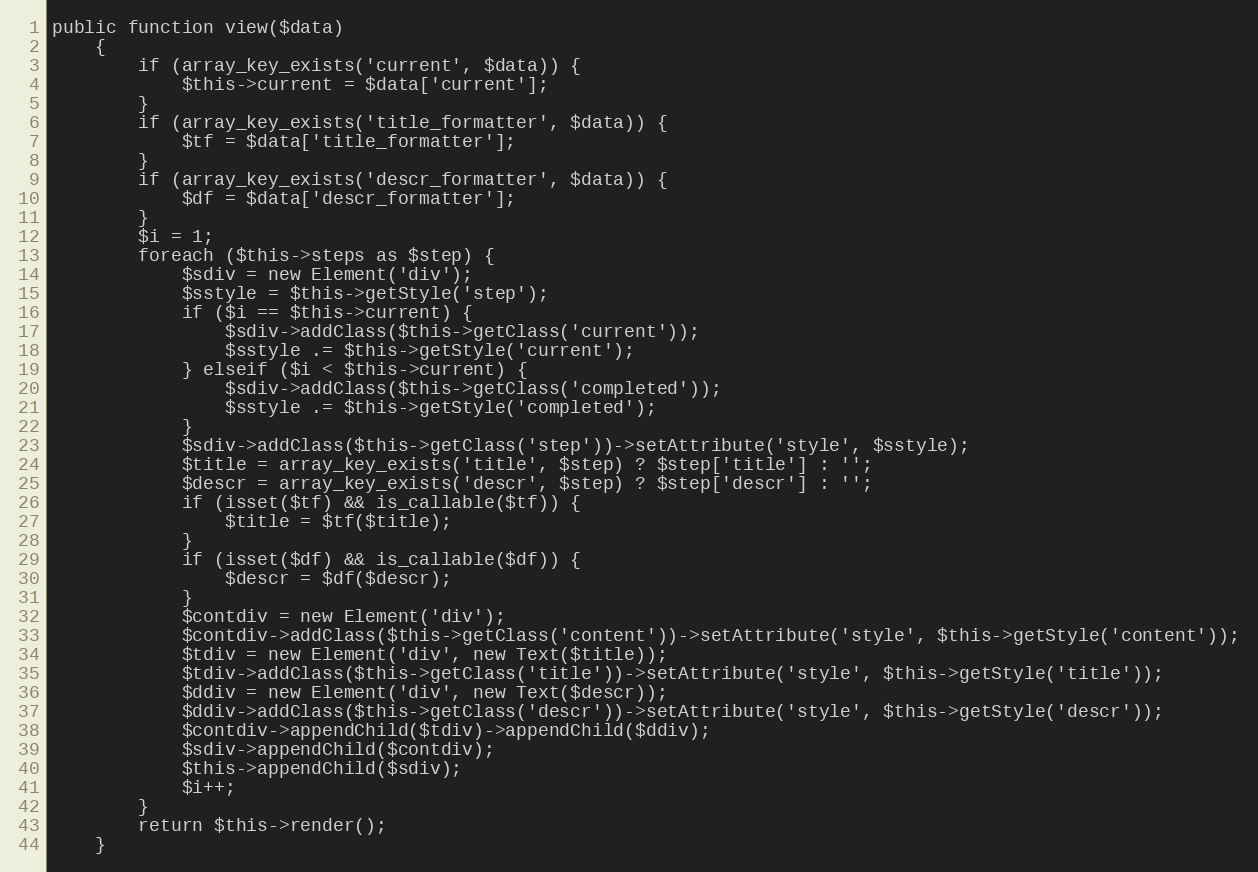
Language: PHP
public function view($data)
    {
        if (array_key_exists('current', $data)) {
            $this->current = $data['current'];
        }
        if (array_key_exists('title_formatter', $data)) {
            $tf = $data['title_formatter'];
        }
        if (array_key_exists('descr_formatter', $data)) {
            $df = $data['descr_formatter'];
        }
        $i = 1;
        foreach ($this->steps as $step) {
            $sdiv = new Element('div');
            $sstyle = $this->getStyle('step');
            if ($i == $this->current) {
                $sdiv->addClass($this->getClass('current'));
                $sstyle .= $this->getStyle('current');
            } elseif ($i < $this->current) {
                $sdiv->addClass($this->getClass('completed'));
                $sstyle .= $this->getStyle('completed');
            }
            $sdiv->addClass($this->getClass('step'))->setAttribute('style', $sstyle);
            $title = array_key_exists('title', $step) ? $step['title'] : '';
            $descr = array_key_exists('descr', $step) ? $step['descr'] : '';
            if (isset($tf) && is_callable($tf)) {
                $title = $tf($title);
            }
            if (isset($df) && is_callable($df)) {
                $descr = $df($descr);
            }
            $contdiv = new Element('div');
            $contdiv->addClass($this->getClass('content'))->setAttribute('style', $this->getStyle('content'));
            $tdiv = new Element('div', new Text($title));
            $tdiv->addClass($this->getClass('title'))->setAttribute('style', $this->getStyle('title'));
            $ddiv = new Element('div', new Text($descr));
            $ddiv->addClass($this->getClass('descr'))->setAttribute('style', $this->getStyle('descr'));
            $contdiv->appendChild($tdiv)->appendChild($ddiv);
            $sdiv->appendChild($contdiv);
            $this->appendChild($sdiv);
            $i++;
        }
        return $this->render();
    }